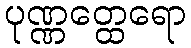
ပုဏ္ဏတ္ထေရော